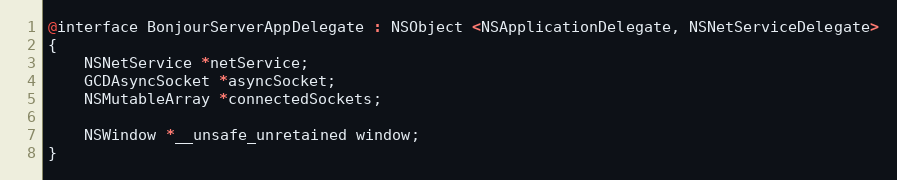
Language: C
@interface BonjourServerAppDelegate : NSObject <NSApplicationDelegate, NSNetServiceDelegate>
{
	NSNetService *netService;
	GCDAsyncSocket *asyncSocket;
	NSMutableArray *connectedSockets;

	NSWindow *__unsafe_unretained window;
}